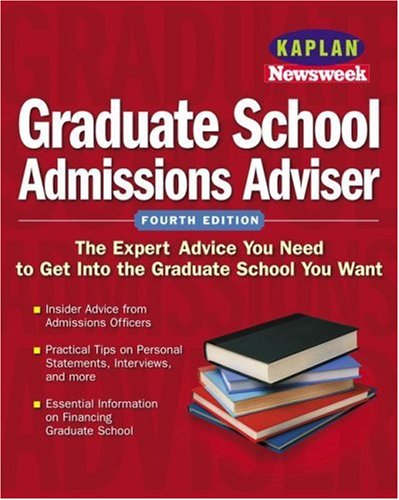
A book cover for Kaplan/Newsweek Graduate School Admissions Adviser, Fourth Edition (Get Into Graduate School); Catherine Barnes; Test Preparation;